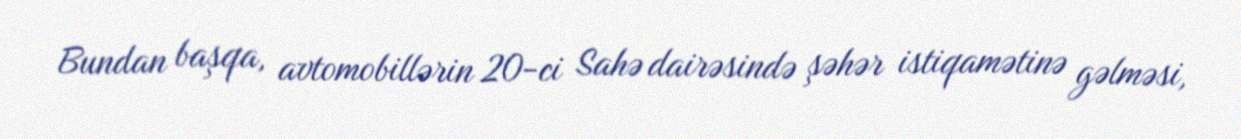
Bundan başqa, avtomobillərin 20-ci Sahə dairəsində şəhər istiqamətinə gəlməsi,